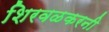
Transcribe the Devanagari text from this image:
शिरवळकरनी